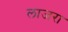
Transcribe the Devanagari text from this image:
लाजरा